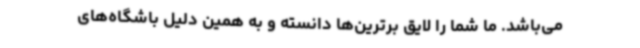
می‌باشد. ما شما را لایق برترین‌ها دانسته و به همین دلیل باشگاه‌های